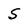
Character: S